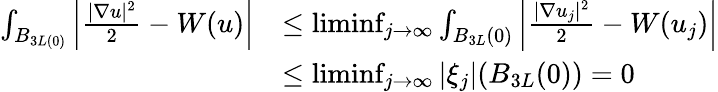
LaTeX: \begin{array}{rl}{\int_{B_{3L(0)}}\left|\frac{|\nabla u|^{2}}{2}-W(u)\right|}&{\leq\operatorname*{liminf}_{j\rightarrow\infty}\int_{B_{3L}(0)}\left|\frac{|\nabla u_{j}|^{2}}{2}-W(u_{j})\right|}\\ &{\leq\operatorname*{liminf}_{j\rightarrow\infty}|\xi_{j}|(B_{3L}(0))=0}\end{array}